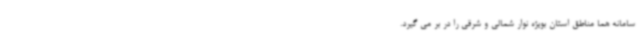
سامانه هما مناطق استان بویژه نوار شمالی و شرقی را در بر می گیرد.